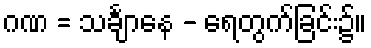
ဂဏ = သင်္ချာနေ - ရေတွက်ခြင်း၌။